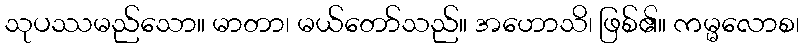
သုပဿမည်သော။ မာတာ၊ မယ်တော်သည်။ အဟောသိ၊ ဖြစ်၏။ ကမ္မလောစ၊